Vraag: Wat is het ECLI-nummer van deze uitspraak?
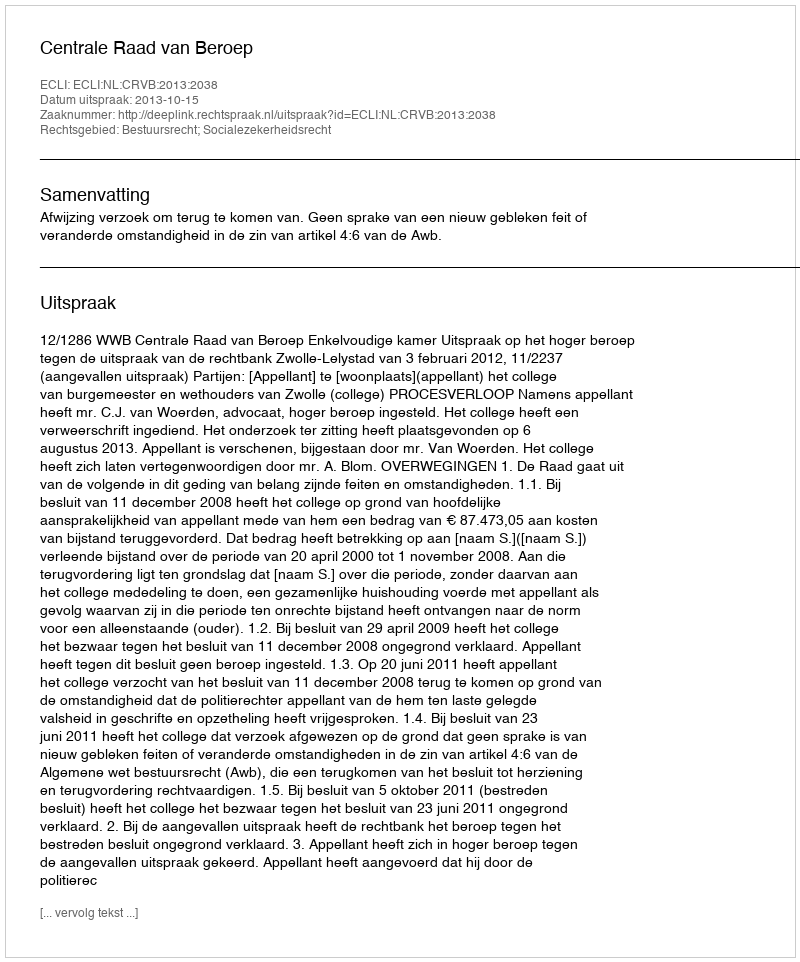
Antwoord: ECLI:NL:CRVB:2013:2038